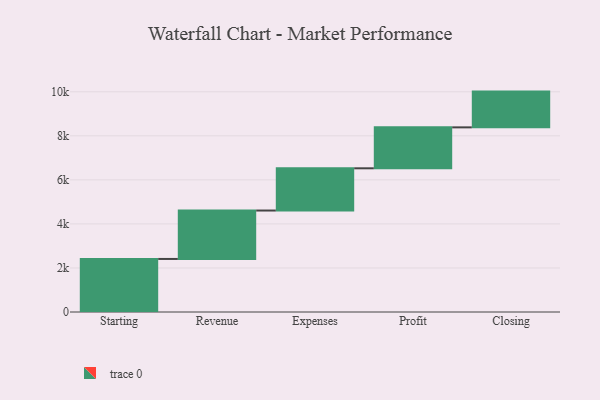
{"axis": {"x": "Step", "y": "Value"}, "legend": [""], "data": [{"x": "Starting", "y": 2409.0, "type": ""}, {"x": "Revenue", "y": 2199.0, "type": ""}, {"x": "Expenses", "y": 1918.0, "type": ""}, {"x": "Profit", "y": 1859.0, "type": ""}, {"x": "Closing", "y": 1624.0, "type": ""}]}